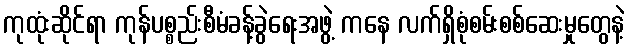
ကုထုံးဆိုင်ရာ ကုန်ပစ္စည်းစီမံခန့်ခွဲရေးအဖွဲ့ ကနေ လက်ရှိစုံစမ်းစစ်ဆေးမှုတွေနဲ့